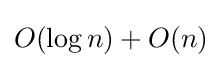
O(\log n)+O(n)